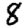
Digit: 8